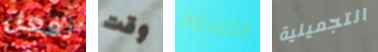
تفعل وقت الألمنيوم التجميلية